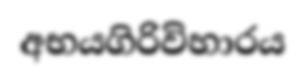
අභයගිරිවිහාරය